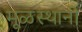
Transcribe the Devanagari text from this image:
मूळस्थानी